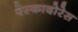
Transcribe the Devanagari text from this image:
पेस्कादोरेस